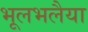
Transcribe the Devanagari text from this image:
भूलभलैया